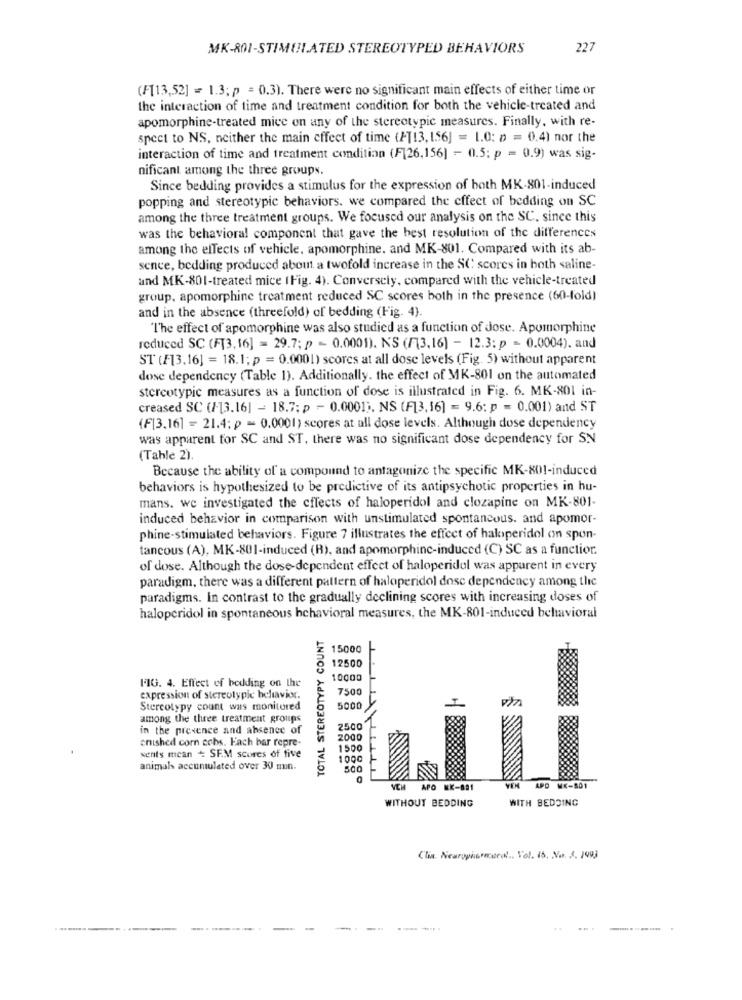
MK-801-STIMULATED STEREOTYPED BEHAVIORS
227
(F[13,52] = 1.3; p = 0.3). There were no significant main effects of either time or
the interaction of time and treatment condition for both the vehicle-treated and
apomorphine-treated mice on any of the stereotypic measures. Finally, with re-
spect to NS, neither the main effect of time (AT13, 156] = 1.0: p = 0.4) nor the
interaction of time and treatment condition (F[26,156] - 0.5: p = 0.9) was sig-
nificant among the three groups.
Since bedding provides a stimulus for the expression of both MK-801-induced
popping and stereotypic behaviors. we compared the effect of bedding on SC
among the three treatment groups. We focused our analysis on the SC. since this
was the behavioral component that gave the best resolution of the differences
among the effects of vehicle, apomorphine. and MK-801. Compared with its ab-
sence, bedding produced about a twofold increase in the SC scores in both saline-
and MK-801-treated mice (Fig. 4). Conversely, compared with the vehicle-treated
group, apomorphine treatment reduced SC scores both in the presence (60-fold)
and in the absence (threefold) of bedding (Fig. 4).
"The effect of apomorphine was also studied as a function of Jose. Apomorphine
reduced SC (F[3,16] = 29.7; p - 0.0001). N'S (/3,16) - 12.3: p = 0.0004). and
ST (F13,16] = 18.1; p = 0.0001) scores at all dose levels (Fig. 5) without apparent
dose dependency (Table 1). Additionally. the effect of MK-801 on the automated
stereotypic measures as a function of dose is illustrated in Fig. 6. MK-801 in-
creased SC (/-13.16] - 18.7: p - 0.0001). NS (F13,16] = 9.6: p = 0.001) and ST
(F[3,16] = 21.4; p = 0.0001) scores at all dose levels. Although dose dependency
was apparent for SC and ST, there was no significant dose dependency for SN
(Tahle 2).
Because the ability of a compound to antagonize the specific MK-801-induced
behaviors is hypothesized to be predictive of its antipsychotic properties in hu-
mans. we investigated the effects of haloperidol and clozapine on MK-801-
induced behavior in comparison with unstimulated spontancous. and apomor-
phine-stimulated behaviors. Figure 7 illustrates the effect of haloperidol on spon-
tancous (A), MK-801-induced (R), and apomorphinc-induced (C) SC as a function.
of dose. Although the dose-dependent effect of haloperidol was apparent in every
paradigm, there was a different pattern of haloperidol dose dependency among the
paradigms. In contrast to the gradually declining scores with increasing doses of
haloperidol in spontaneous behavioral measures, the MK-801-induced behavioral
TOTAL STEREOTYPY COUNT
15000
9 12500
10000
FIG. 4. Effect of bedding on the
7500
expression of stereotypic beliavix.
Stereotypy count was monitored
5000
among the three treatment groups
in the presence and absence of
2500
enished corn cobs. Fach bar repre-
2000
vents mean + SE.M scores of five
1500
1000
animals accumulated over 30 min.
500
VICH
APO KK-881
APO MX-501
WITH BEDOING
WITHOUT BEDDING
Clin. Nearophommecol .. Vol. 15. No. 3. 1993